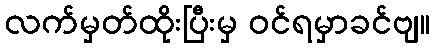
လက်မှတ်ထိုးပြီးမှ ဝင်ရမှာခင်ဗျ။